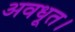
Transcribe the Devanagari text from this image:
अवधूत।